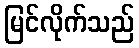
မြင်လိုက်သည်